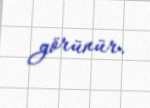
görünür.